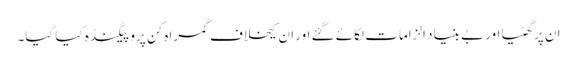
ان پر گھٹیا اور بے بنیاد الزامات لگائے گئے اور ان کیخلاف گمراہ کن پروپیگنڈہ کیا گیا۔